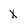
Character: x